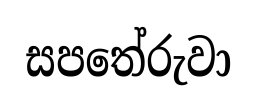
සපතේරුවා